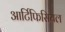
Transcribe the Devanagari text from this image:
आर्टिफिसियल